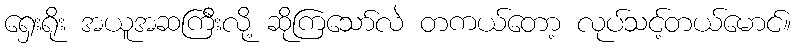
ရှေးရိုး အယူအဆကြီးလို့ ဆိုကြသော်လဲ တကယ်တော့ လုပ်သင့်တယ်မောင်။